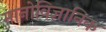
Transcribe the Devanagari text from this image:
मानोविज्ञानिक